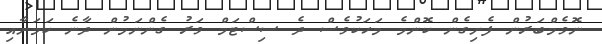
ނޮވެމްބަރުން ފެށިގެން ކޮންމެ މަހަކުވެސް ދެ ސިސްޓަމް ވަރު ގެންނަމުން ދާނެ ކަމަށާއި